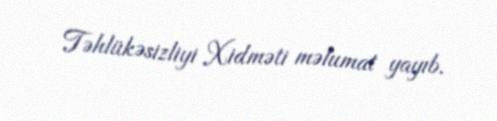
Təhlükəsizliyi Xidməti məlumat yayıb.